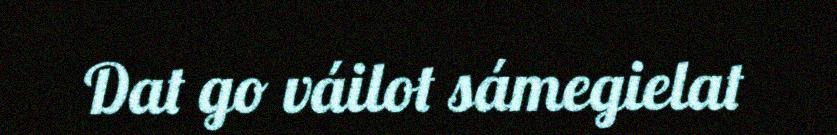
Dat go váilot sámegielat